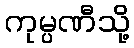
ကုမ္ပဏီသို့